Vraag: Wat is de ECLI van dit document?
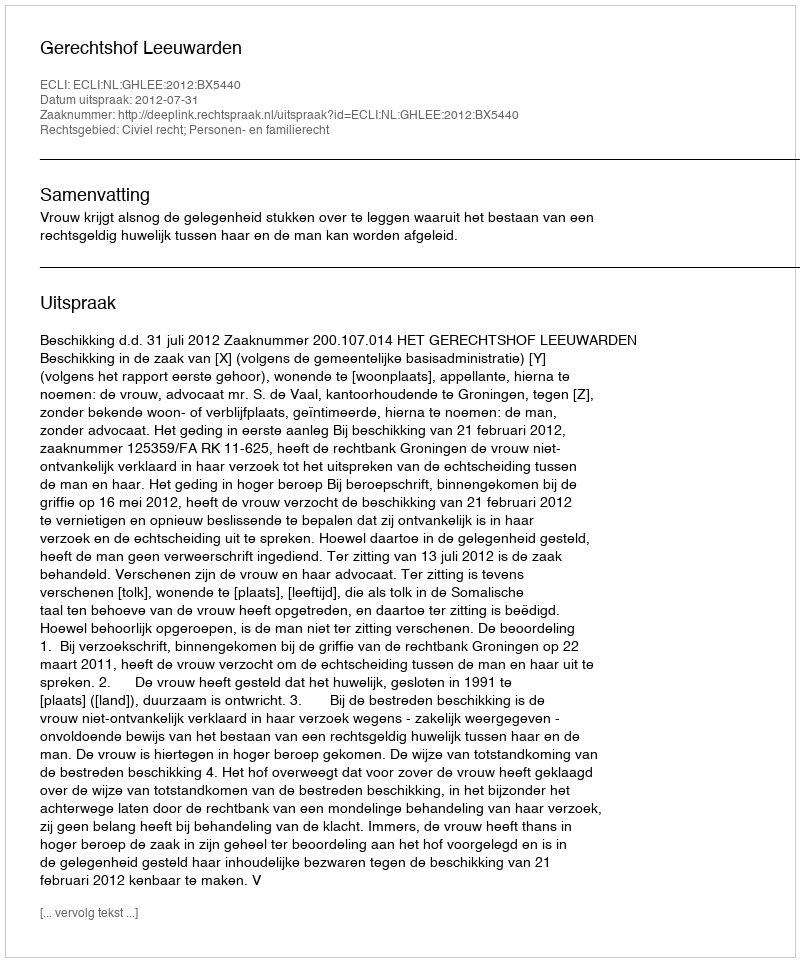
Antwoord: ECLI:NL:GHLEE:2012:BX5440